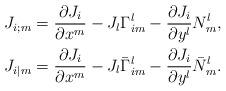
LaTeX: \begin{align*}J_{i;m}&=\frac{\partial J_i}{\partial x^m}-J_l\Gamma^l_{im}-\frac{\partial J_i}{\partial y^l}N^l_m, \\ J_{i|m}&=\frac{\partial J_i}{\partial x^m}-J_l\bar{\Gamma}^l_{im}-\frac{\partial J_i}{\partial y^l}\bar{N}^l_m.\end{align*}